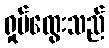
ရှုပ်ထွေးသည်